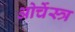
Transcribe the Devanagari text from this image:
ओर्चेस्त्र